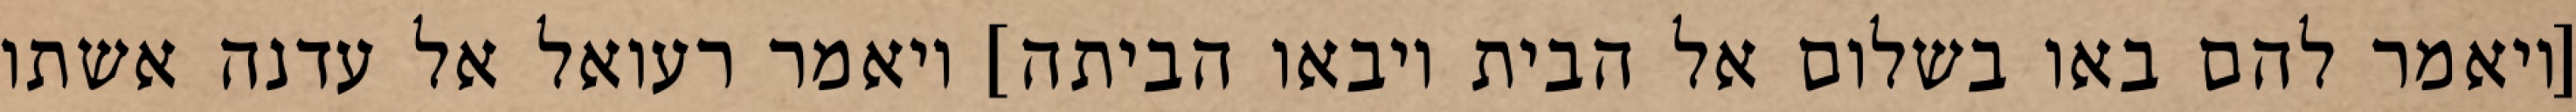
[ויאמר להם באו בשלום אל הבית ויבאו הביתה] ויאמר רעואל אל עדנה אשתו